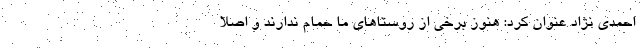
احمدی نژاد عنوان کرد: هنوز برخی از روستاهای ما حمام ندارند و اصلا